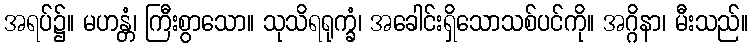
အရပ်၌။ မဟန္တံ၊ ကြီးစွာသော။ သုသိရရုက္ခံ၊ အခေါင်းရှိသောသစ်ပင်ကို။ အဂ္ဂိနာ၊ မီးသည်။